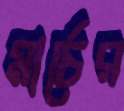
মার্চের